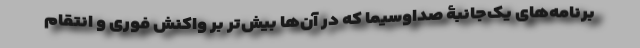
برنامه‌های یک‌جانبۀ صداوسیما که در آن‌ها بیش‌تر بر واکنش فوری و انتقام